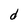
Character: d